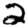
Digit: 2